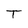
Character: T